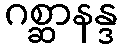
ဂစ္ဆာနန္ဒ